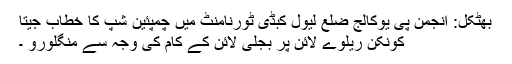
بھٹکل: انجمن پی یوکالج ضلع لیول کبڈی ٹورنامنٹ میں چمپئین شپ کا خطاب جیتا
کونکن ریلوے لائن پر بجلی لائن کے کام کی وجہ سے منگلورو ۔